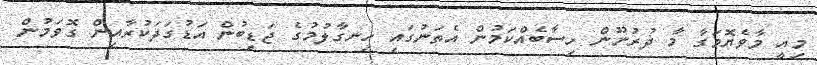
މިއީ މާވެޔޮމަގާ މާ ދުރުނޫން ހިސާބެއްކަމުން އެތަނުގައި ހިނގާލުމުގެ ޖަޑިބުން އަޑުގަދަކުރާއިން ގޮވަމުން